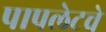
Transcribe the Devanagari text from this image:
पापलेटचे